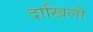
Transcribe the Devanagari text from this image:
दाखिली